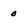
Character: 0